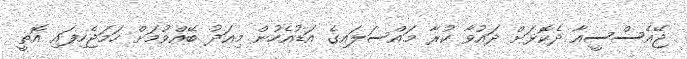
ޖޭއެސްސީއާ ދެކޮޅަށް ދައުވާ ކުރާ މައްސަލައިގެ އަޑުއެހުން މިއަދު ބޭއްވުމަށް ހަމަޖެހިފައި އޮތީ